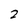
Character: 2